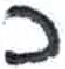
אות: כ